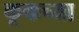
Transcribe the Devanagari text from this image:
कूकच्या